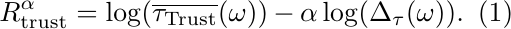
\begin{equation}
~~~~~~~~~~~~~~~~~~~~~~~~~~~~~~~~~~~~~~~~~~~~~~~~~R^{\alpha}_{\text{trust}}=\log (\overline{\tau_{\text{Trust}}}(\omega)) - \alpha\log(\Delta_{\tau} (\omega)).
\label{eq:selrulealpha}
\end{equation} \vskip -0.1 in